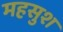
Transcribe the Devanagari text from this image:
महसुश